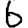
Digit: 6